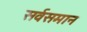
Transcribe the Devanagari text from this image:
सर्वसमान